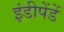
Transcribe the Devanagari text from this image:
इंडीपेंडें